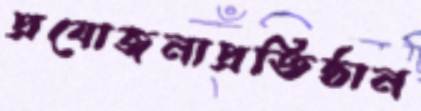
প্রযোজনাপ্রতিষ্ঠান